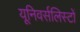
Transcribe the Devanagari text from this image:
यूनिवर्सलिस्टों